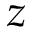
z